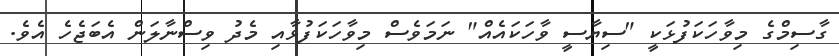
ގާސިމްގެ މިވާހަކަފުޅަކީ "ސިޔާސީ ވާހަކައެއް" ނަމަވެސް މިވާހަކަފުޅާއި މެދު ވިސްނާލަން އެބަޖެހެ އެވެ.